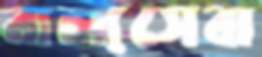
বাল্যসেবা